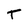
Character: T